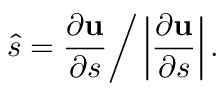
\hat { s } = \frac { \partial { \bf u } } { \partial s } \bigg / \left| \frac { \partial { \bf u } } { \partial s } \right| .